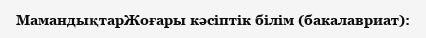
MамандықтарЖоғары кәсіптік білім (бакалавриат):